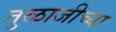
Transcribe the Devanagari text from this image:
तुळाजीच्या